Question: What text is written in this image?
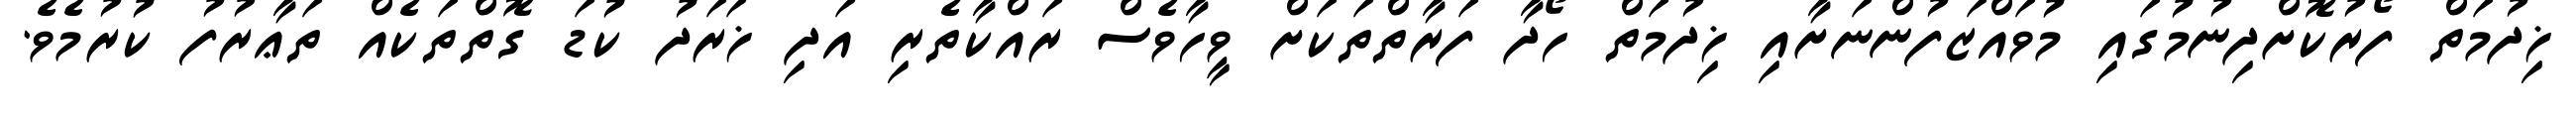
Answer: ޚިދުމަތް ފޯރުކޮށްދިނުމުގައި މުވައްޒަފުންނަށާއި ޚިދުމަތް ހޯދާ ފަރާތްތަކަށް ވީހާވެސް ރައްކާތެރި އަދި ޚަރަދު ކުޑަ ގޮތްތަކެއް ތަޢާރުފު ކުރުމެވެ.